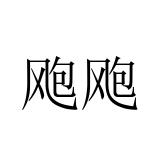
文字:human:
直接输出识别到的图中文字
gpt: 飑飑